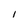
Character: I